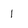
Character: 1